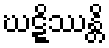
ဃဋ္ဋိဿန္တိ